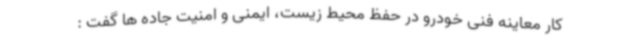
کار معاینه فنی خودرو در حفظ محیط زیست، ایمنی و امنیت جاده ها گفت :